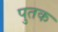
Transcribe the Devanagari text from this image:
पुतक